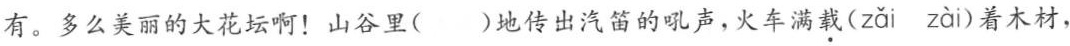
有。多么美丽的大花坛啊！山谷里()地传出汽笛的吼声，火车满载( zǎi zài )着木材，